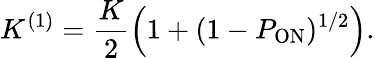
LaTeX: K^{(1)}=\frac{K}{2}\left(1+(1-P_{\mathrm{ON}})^{1/2}\right).